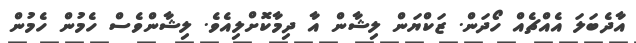
އާދެބަލަ އެއްޗެއް ހޯދަން. ޒަކްޔަން ލިޝާން އާ ދިމާކޮށްލިއެވެ. ލިޝާންވެސް ހެމުން ހެމުން